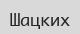
Шацких